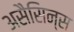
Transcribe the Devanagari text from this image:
असैसिन्स